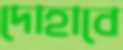
দোহাবে